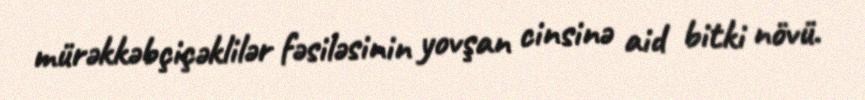
mürəkkəbçiçəklilər fəsiləsinin yovşan cinsinə aid bitki növü.